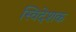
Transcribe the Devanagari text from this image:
स्विदेशक